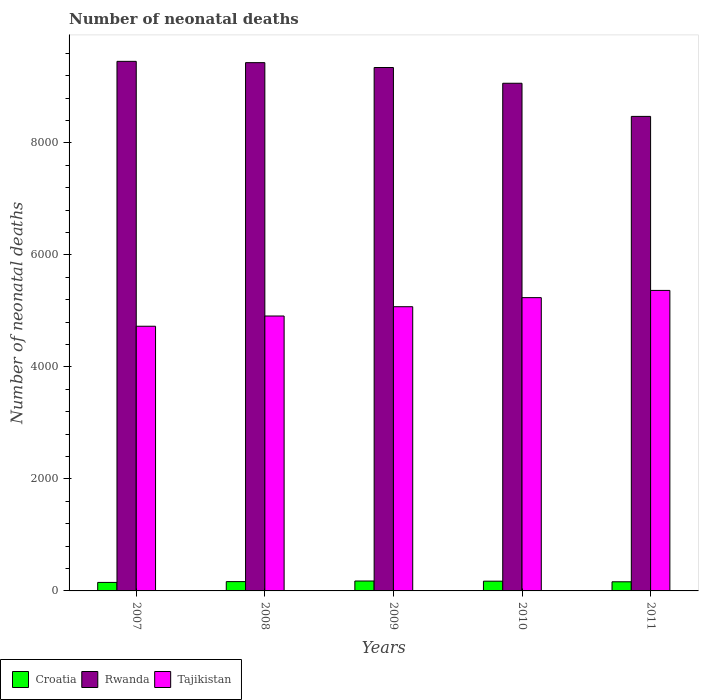
| Years | Croatia | Rwanda | Tajikistan |
 | --- | --- | --- | --- |
 | 2007 | 152 | 9.46e+03 | 4.73e+03 |
 | 2008 | 166 | 9.43e+03 | 4.91e+03 |
 | 2009 | 177 | 9.35e+03 | 5.08e+03 |
 | 2010 | 174 | 9.06e+03 | 5.24e+03 |
 | 2011 | 163 | 8.47e+03 | 5.37e+03 |